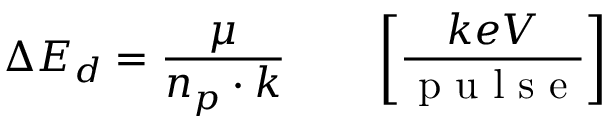
\Delta E _ { d } = \frac { \mu } { n _ { p } \cdot k } \qquad \left[ \frac { k e V } { \mathrm { ~ p ~ u ~ l ~ s ~ e ~ } } \right]